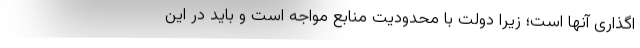
اگذاری آنها است؛ زیرا دولت با محدودیت منابع مواجه است و باید در این